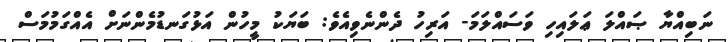
ނަބިއްޔާ ޞައްލަ ޢަލައިހި ވަސައްލަމަ- އަރިހު ދެންނެވިއެވެ: ބަޔަކު މީހުން އަޅުގަނޑުމެންނަށް އެއްގަމުމަސް